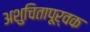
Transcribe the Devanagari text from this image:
अशुचितापूर्वक